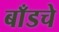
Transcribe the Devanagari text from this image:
बाँडचे